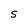
Character: S